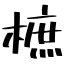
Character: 樜